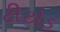
ટીટોડ